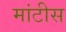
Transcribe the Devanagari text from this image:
मांटीस